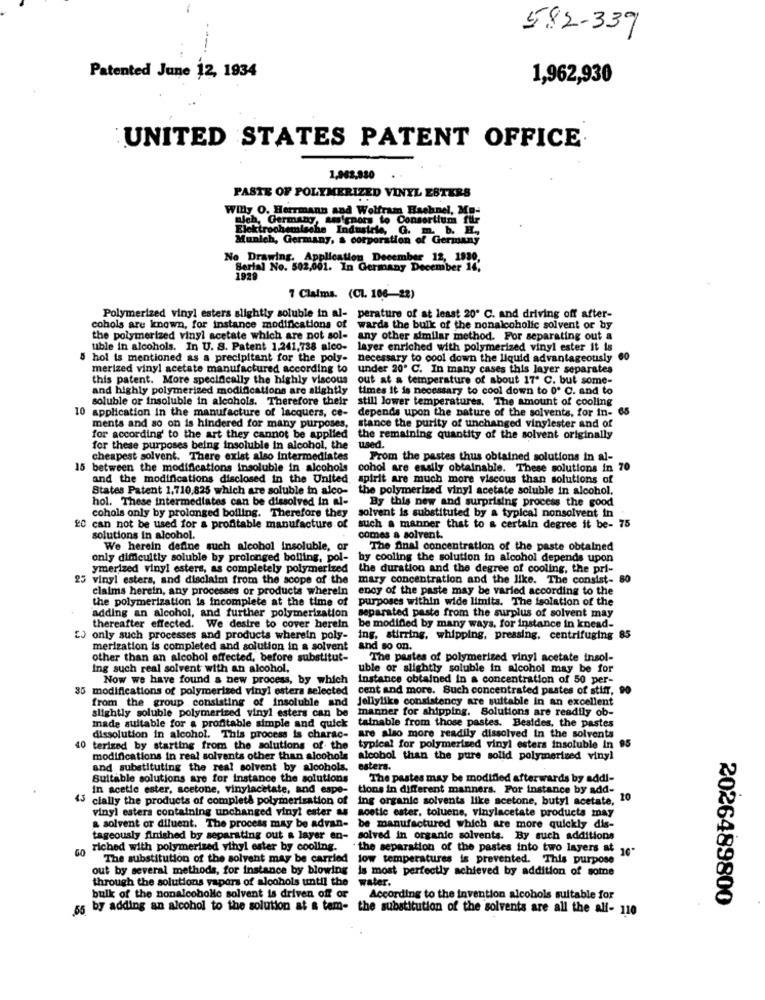
582-339
Patented June 12, 1934
1,962,930
UNITED STATES PATENT OFFICE
1,962,980
PASTE OF POLYMERIZED VINYL ESTERS
...
Willy O. Herrmann and Wolfram Haehnel, Mo-
Blah, Germany, amicnors to Consortium filr
Elektrochemische Industrie, G. m. b. H .,
Munich, Germany, a corporation of Germany
No Drawing. Application December 12, 1930,
Serial No. 502,001. In Germany December 16'
1929
7 Claims. (CL. 106-22)
Polymerized vinyl esters slightly soluble in al- perature of at least 20º C. and driving off after-
cohols are known, for instance modifications of wards the bulk of the nonalcoholic solvent or by
the polymerized vinyl acetate which are not sol- any other similar method. For separating out a
uble in alcohols. In U. S. Patent 1,241,738 alco- layer enriched with polymerized vinyl ester it is
5 hol is mentioned as a precipitant for the poly-
necessary to cool down the liquid advantageously 60
merized vinyl acetate manufactured according to
under 20º C. In many cases this layer separates
this patent. More specifically the highly viscous
out at a temperature of about 17' C. but some-
and highly polymerized modifications are slightly
times it is necessary to cool down to 0º C. and to
soluble or insoluble in alcohols. Therefore their
still lower temperatures, The amount of cooling
10 application In the manufacture of lacquers, ce-
depends upon the nature of the solvents, for in- 65
ments and so on is hindered for many purposes,
stance the purity of unchanged vinylester and of
for according to the art they cannot be applied
the remaining quantity of the solvent originally
for these purposes being insoluble in alcohol, the
used.
cheapest solvent. There exist also Intermediates
From the pastes thus obtained solutions in al-
15 between the modifications insoluble in alcohols
cohol are easily obtainable. These solutions in 70
and the modifications disclosed in the United.
spirit are much more viscous than solutions of
States Patent 1,710,825 which are soluble in alco-
the polymerized vinyl acetate soluble in alcohol,
hol. These intermediates can be dissolved in al-
By this new and surprising process the good
cohols only by prolonged boiling. Therefore they
solvent is substituted by a typical nonsolvent in
20 can not be used for a profitable manufacture of
such a manner that to a certain degree it be- 75
solutions in alcohol.
comes a solvent.
We herein define such alcohol insoluble, or
The final concentration of the paste obtained
only difficultly soluble by prolonged bolling, pol-
by cooling the solution in alcohol depends upon
ymerized vinyl esters, as completely polymerized
the duration and the degree of cooling, the pri-
25 vinyl esters, and disclaim from the scope of the mary concentration and the like. The consist- 80
claims herein, any processes or products wherein
enoy of the paste may be varied according to the
the polymerization is incomplete at the time of
purposes within wide limits. The isolation of the
adding an alcohol, and further polymerization
separated paste from the surplus of solvent may
thereafter effected. We desire to cover herein
be modified by many ways, for instance in knead-
CJ only such processes and products wherein poly-
ing, stirring, whipping, pressing, centrifuging 85
merization is completed and solution in a solvent
and so on.
other than an alcohol effected, before substitut-
The pastes of polymerized vinyl acetate insol-
Ing such real solvent with an alcohol,
uble or slightly soluble in alcohol may be for
Now we have found a new process, by which
Instance obtained in a concentration of 50 per-
35 modifications of polymerized vinyl estera selected
cent and more. Such concentrated pastes of stifr, 90
from the group consisting of insoluble and
Jellylike consistency are suitable in an excellent
slightly soluble polymerized vinyl esters can be
manner for shipping. Solutions are readily ob-
made suitable for a profitable simple and quick
tainable from those pastes. Besides, the pastes
dissolution in alcohol. This process is charac-
are also more readily dissolved in the solvents
40 terized by starting from the solutions of the
typical for polymerized vinyl esters insoluble In 95
modifications in real solvents other than alcohols alcobol than the pure solid polymerived vinyl
and substituting the real solvent by alcohols.
esters.
Suitable solutions are for instance the solutions
The pastes may be modified afterwards by addi-
In acetic ester, acetone, vinylacetate, and espe-
tions in different manners. For instance by add-
cially the products of complete polymerization of
ing organic solvents like acetone, butyl acetate, 10
vinyl esters containing unchanged vinyl ester as
acetic ester, toluene, vinylacetate products may
a solvent or diluent. The process may be advan-
be manufactured which are more quickly dis-
tageously finished by separating out a layer en-
solved in organic solvents. By such additions
riched with polymerized vinyl ester by cooling.
" the separation of the pastes into two layers at 16"
The substitution of the solvent may be carried
low temperatures is prevented. This purpose
out by several methods, for instance by blowing
is most perfectly achieved by addition of somne
through the solutions vapors of alcohols until the water.
bulk of the nonalcoholic solvent is driven off or
According to the invention alcohols suitable for
2026489800
65 by adding an alcohol to the solution at a tam- the substitution of the solvents are all the ali- 110